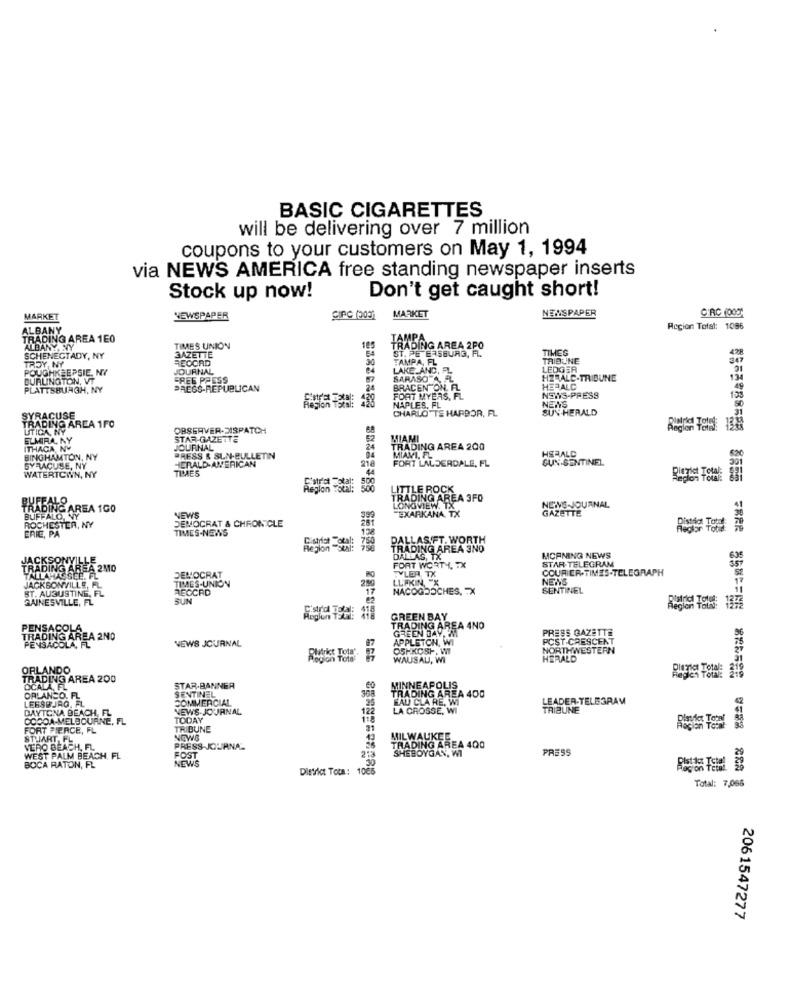
BASIC CIGARETTES
will be delivering over 7 million
coupons to your customers on May 1, 1994
via NEWS AMERICA free standing newspaper inserts
Stock up now!
Don't get caught short!
NEMSPAPER
CIRC (000)
MARKET
NEWSPAPER
CIPC (003)
MARKET
ALBANY
Region Total: 1086
TRADING AREA 1E0
ALBANY NY
TIMES UNION
TRADING AREA 200
ST. PETERSBURG, FL.
TIMES
SCHENECTADY, NY
GAZETTE
RECORD
TAMPA, FL
TRIBUNE
347
TROY, NY
POUGHKEEPSIE. NY
JOURNAL
LAKE AND, AL
LEDGER
BURLINGTON, VT
FREE PRESS
SARASOTA AL
HERALC-TRIBUNE
PLATTSBURGH, NY
PRESS-REPUBLICAN
BRACEN ON. FL
HERALC
FORT MYERS, FL
NENS-PRESS
NETS
NAPLES, FL
CHARLOTTE HARDOR, FL
SUN HERALD
SYRACUSE
TRADING ARCA 1FO
UTICA, NY
OBSERVER-DISPATCH
68
Reglen To
ELMIRA, NY
STAR-GAZETTE
MIAMI
ITHACA, NY
JOURNAL
TRADING AREA 200
BINGHAMTON, NY
PRESS & SUN-BULLETIN
HERALD-AMERICAN
MIAMI, FL
FORT LAUDERDALE, FL
HSBALD
GUN-SENTINEL
301
620
SYRACUSE, NY
TIMAES
218
WATERTOWN, NY
Region Total:
LITTLE ROCK
BUFFALOA
TRADING AREA 3FO
RADING AREA 100
LONGVIEW. TX
TEXARKANA, TX
NOIVO-JOURNAL
GAZETTE
BUFFALO, NY
NEWS
DEMOCRAT & CHRONICLE
399
ROCHESTER, NY
ERIE, PA
TIMES-NEWS
Reglar Tot
PALLAS FT. WORTH
TRADING AREA 3NO
DALLAS, TX
STAR-TELEGRAM
MORNING NEWS
2310
DEMOCRAT
FORT WORTH, TX
COURIER-TIMES-TELEGRAPH
TIMES-UNION
LUFKIN, "X
TYLER TX
NENS
JACKSONVILLE, FL
ST. AUGUSTINE, FL
RECCAD
290
NACOGDOCHES, TX
SENTINEL
GAINESVILLE, FL
SUN
Region 18: 13:2
GREEN BAY
PENSACOLA
TRADING AREA 4NO
GREEN DAY, MM
PRESS GAZETTE
TRADING AREA 2NO
NEWS JOURNAL
APPLETON, WI
POST-CRESCENT
PENSACOLA, FL
OSHKOSH, WI
NORTHWESTERN
WAUSAU, WI
HERALD
ORLANDO
TRADING AREA 200
OCALA, FL
SENTINEL
STAR-BANNER
MINNEAPOLIS
LEESBURG, FL
ORLANDO, FL
COMMERCIAL
25
TRADING AREA 400
EAU CLA RE, WI
LEADER-TELEGRAM
DAYTONA BEACH, FL
NEWS-JOURNAL
122
LA CROSSE, WI
TRIBUNE
COCOA-MELBOURNE, FL
TODAY
118
FORT PIERCE, FL
TRIBUNE
STUMART.FL
NEWS
MILWAUKEE
VERO BEACH, FL.
PRESS-JOURNAL
FOST
TRADING AREA 400
SHEBOYGAN, WI
PRESS
WEST PALM BEACH, FL
NEWS
213
BOCA RATON, FL
District Tota:
10€
.30
Ristic Total
Total: 7,066
2061547277